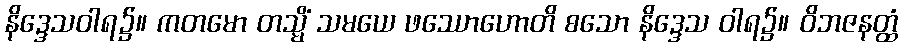
နိဒ္ဒေသဝါရ၌။ ကတမော တသ္မိံ သမယေ ဖဿောဟောတိ စသော နိဒ္ဒေသ ဝါရ၌။ ဝိဘဇနတ္ထံ